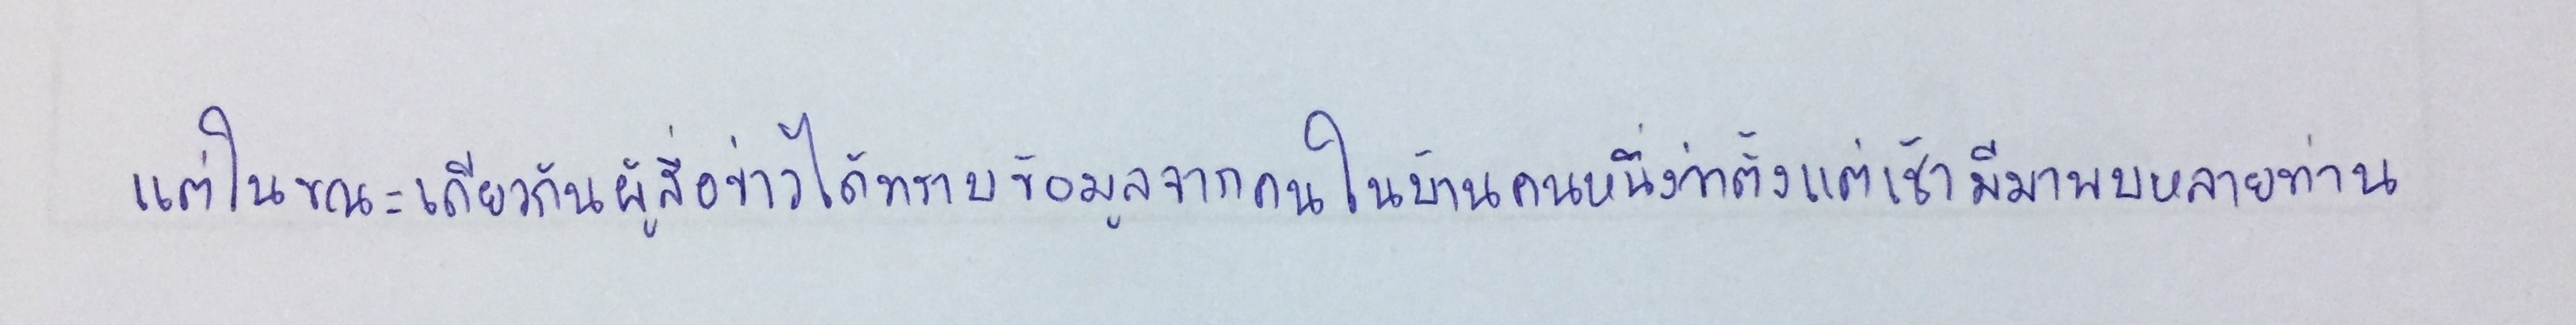
แต่ในขณะเดียวกันผู้สื่อข่าวได้ทราบข้อมูลจากคนในบ้านคนหนึ่งว่าตั้งแต่เช้ามีมาพบหลายท่าน